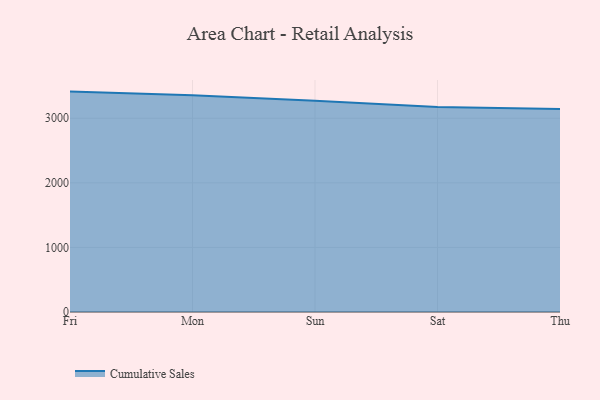
{"axis": {"x": "Day", "y": "Market Share (%)"}, "legend": ["Cumulative Sales"], "data": [{"x": "Fri", "y": 3412.8, "type": "Cumulative Sales"}, {"x": "Mon", "y": 3354.6, "type": "Cumulative Sales"}, {"x": "Sun", "y": 3270.4, "type": "Cumulative Sales"}, {"x": "Sat", "y": 3172.9, "type": "Cumulative Sales"}, {"x": "Thu", "y": 3143.6, "type": "Cumulative Sales"}]}